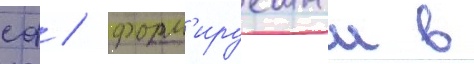
сф / форм'ируемыи в